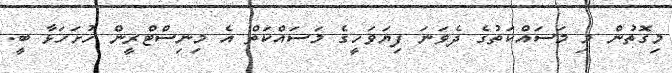
މިގޮތުން މި މަސައްކަތުގެ ދެވަނަ ފިޔަވަހީގެ މަސައްކަތް އެ މިނިސްޓްރީން ހުށަހަޅާ ބީ.